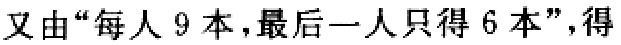
又由“每人 9 本，最后一人只得 6 本”，得